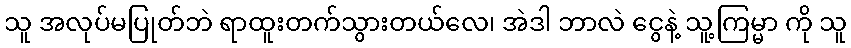
သူ အလုပ်မပြုတ်ဘဲ ရာထူးတက်သွားတယ်လေ၊ အဲဒါ ဘာလဲ ငွေနဲ့ သူ့ကြမ္မာ ကို သူ